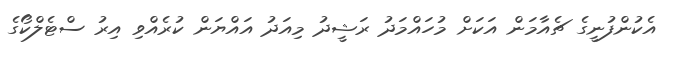
އެކުންފުނީގެ ޗެއާމަން އަކަށް މުހައްމަދު ރަޝީދު މިއަދު އައްޔަން ކުރެއްވި އިރު ސްޓެލްކޯގެ